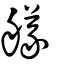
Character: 艤